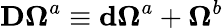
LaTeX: \mathbf{D\Omega}^{a}\equiv\mathbf{d\Omega}^{a}+\mathbf{\Omega}^{b}